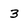
Character: 3